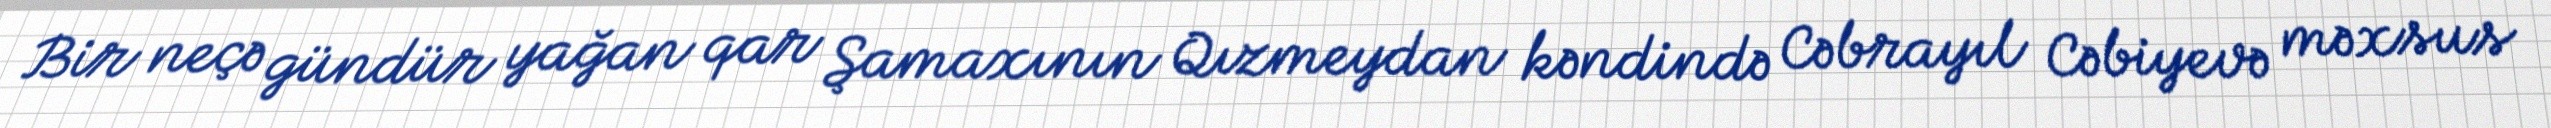
Bir neçə gündür yağan qar Şamaxının Qızmeydan kəndində Cəbrayıl Cəbiyevə məxsus